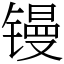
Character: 镘